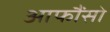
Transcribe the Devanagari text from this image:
आफौंसो